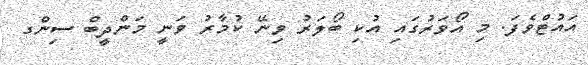
އައުޓްވެފަ. މި އޯވަރުގައި އުކި ބޯލަރު ވިނޭ ކުމާރު ވަނީ މަންދީބް ސިންގ